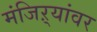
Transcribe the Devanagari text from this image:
मंजिऱ्यांवर